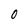
Character: 0